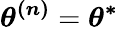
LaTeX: \boldsymbol{\theta^{(n)}}=\boldsymbol{\theta^{*}}